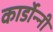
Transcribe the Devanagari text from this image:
कार्डोन्‍नी